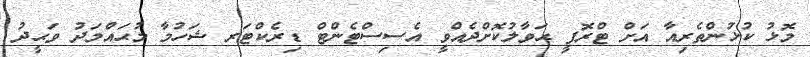
މޮޅު ކުޅުންތެރިއާ އަށް ޓްރޮފީ ޙަވާލުކޮށްދެއްވީ އެސިސްޓެންޓް ޑިރެކްޓަރ ޝަހުމާ މުޙައްމަދު ވަޙީދު